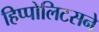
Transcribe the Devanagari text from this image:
हिप्पोलिटसने